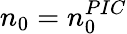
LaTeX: n_{0}=n_{0}^{PIC}